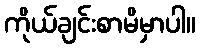
ကိုယ်ချင်းစာမိမှာပါ။